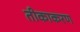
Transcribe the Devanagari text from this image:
तीकाकरण